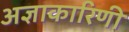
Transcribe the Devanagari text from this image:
अज्ञाकारिणी